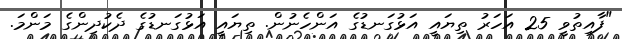
"ފާއިތުވީ 25 އަހަރު ތިޔައީ އަޅުގަނޑުގެ އަންހެނުން. ތިޔައީ އަޅުގަނޑުގެ ދެކުދިންގެ މަންމަ.